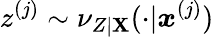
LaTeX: z^{(j)}\sim\nu_{Z|\boldsymbol{\mathbf{X}}}(\cdot|\boldsymbol{x}^{(j)})